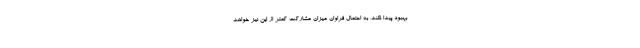
بهبود پیدا نکند، به احتمال فراوان میزان مشارکت کمتر از این نیز خواهد